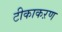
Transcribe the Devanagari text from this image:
टीकाकऱण